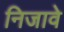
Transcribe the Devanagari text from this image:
निजावे